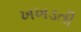
ખખડતી